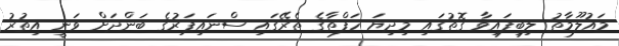
މައުލޫމާތު ލިިބިފައިވާ ގޮތުގައި މިދިޔަ ހަފްތާގެ ތެރޭގައި ސްނައިޕަރުގެ ބަންދަށް ވަނީ އިތުރު